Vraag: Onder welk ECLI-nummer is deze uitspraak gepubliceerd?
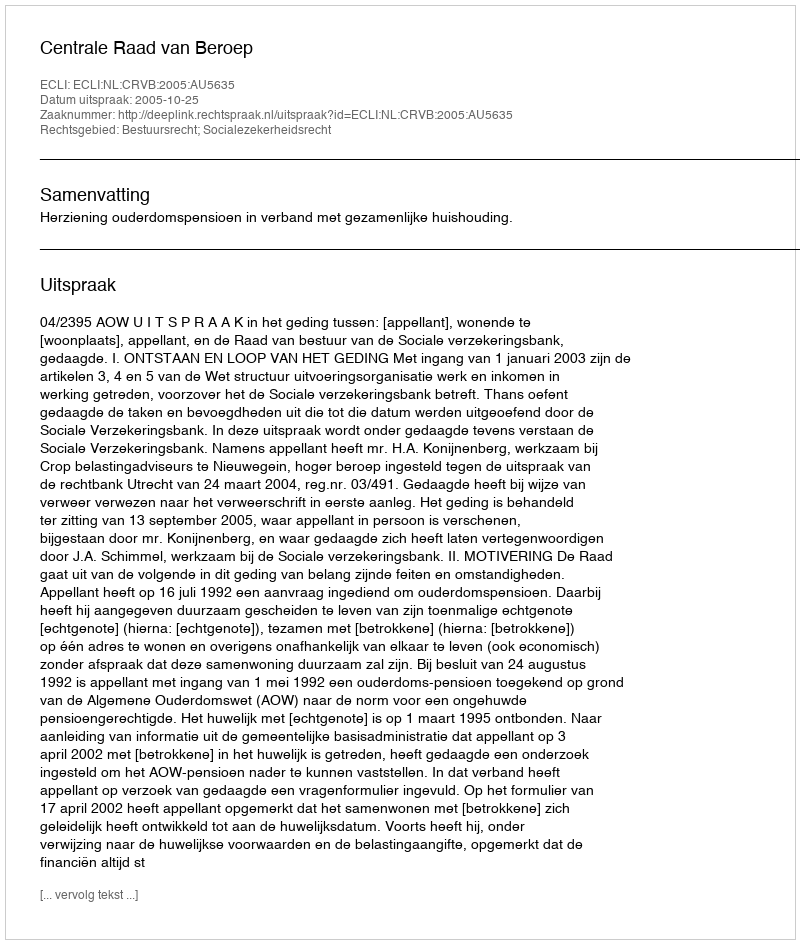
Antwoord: ECLI:NL:CRVB:2005:AU5635